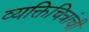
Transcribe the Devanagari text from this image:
व्यक्तिचित्रांची